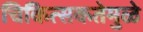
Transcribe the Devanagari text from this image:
चिकित्सकतेमुळे